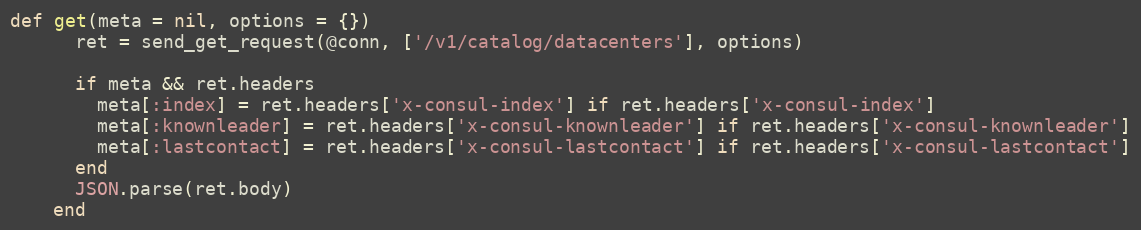
Language: Ruby
def get(meta = nil, options = {})
      ret = send_get_request(@conn, ['/v1/catalog/datacenters'], options)

      if meta && ret.headers
        meta[:index] = ret.headers['x-consul-index'] if ret.headers['x-consul-index']
        meta[:knownleader] = ret.headers['x-consul-knownleader'] if ret.headers['x-consul-knownleader']
        meta[:lastcontact] = ret.headers['x-consul-lastcontact'] if ret.headers['x-consul-lastcontact']
      end
      JSON.parse(ret.body)
    end